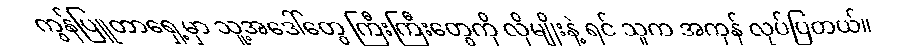
ကွန်ပြူတာရှေ့မှာ သူ့အဒေါ်တွေ ကြီးကြီးတွေကို လိုမျိုးနဲ့ ရင် သူက အကုန် လုပ်ပြတယ်။